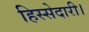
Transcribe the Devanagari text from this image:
हिस्सेदारी।